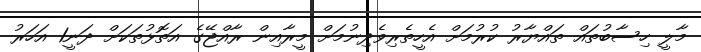
މާލީ ހިސާބުތައް ތައްޔާރު ކުރުމަށް އެހީތެރިވެދިނުމަށް މީރާއިން ރާއްޖޭގެ އަތޮޅުތަކަށް ދަނީ1 އަހަރު